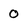
Character: 0